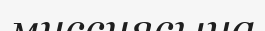
миссиясына